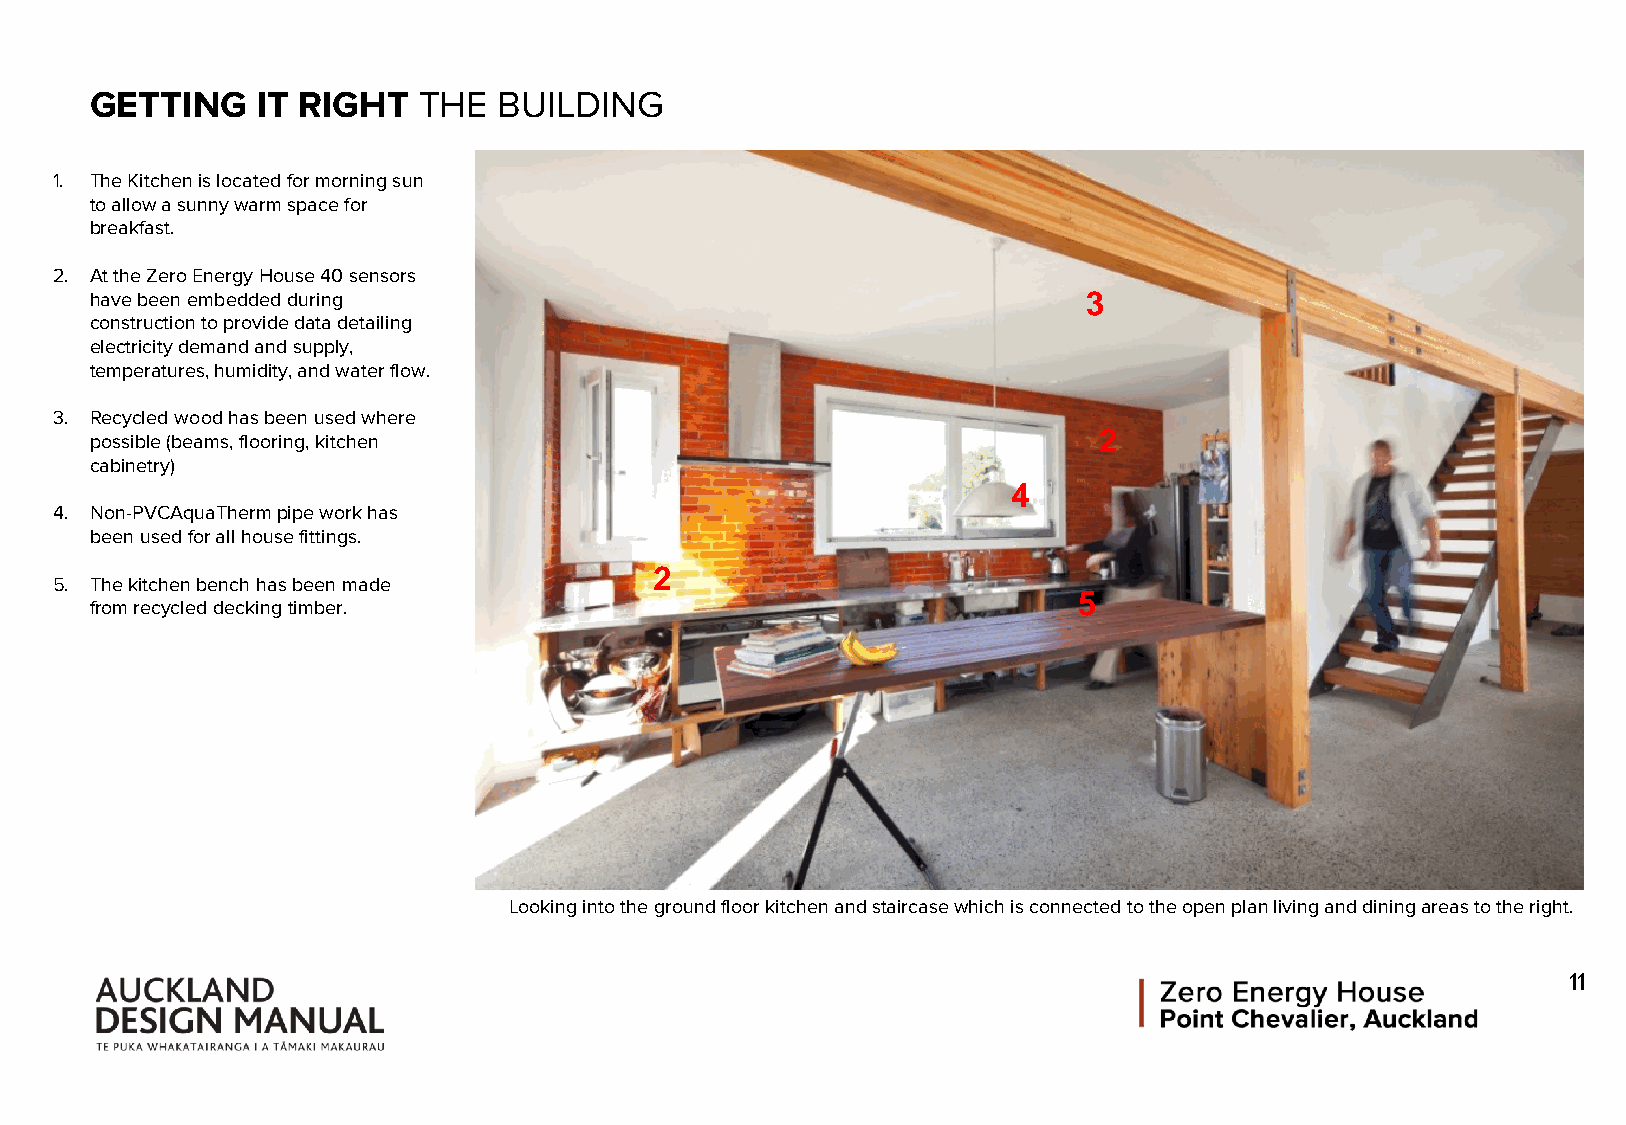
GETTING    IT RIGHT   THE  BUILDING
 1. The Kitchen is located for morning sun
 to allow a sunny warm space for
 breakfast.
 2. At the Zero Energy House 40 sensors
 have been embedded during                                         3
 construction to provide data detailing
 electricity demand and supply,
 temperatures, humidity, and water flow.
 3. Recycled wood has been used where
 possible (beams, flooring, kitchen                                 2
 cabinetry)
 4
 4. Non-PVCAquaThermpipe work has
 been used for all house fittings.
 2
 5. The kitchen bench has been made
 from recycled decking timber.                                    5
 Looking into the ground floor kitchen and staircase which is connected to the open plan living and dining areas to the right.
 11